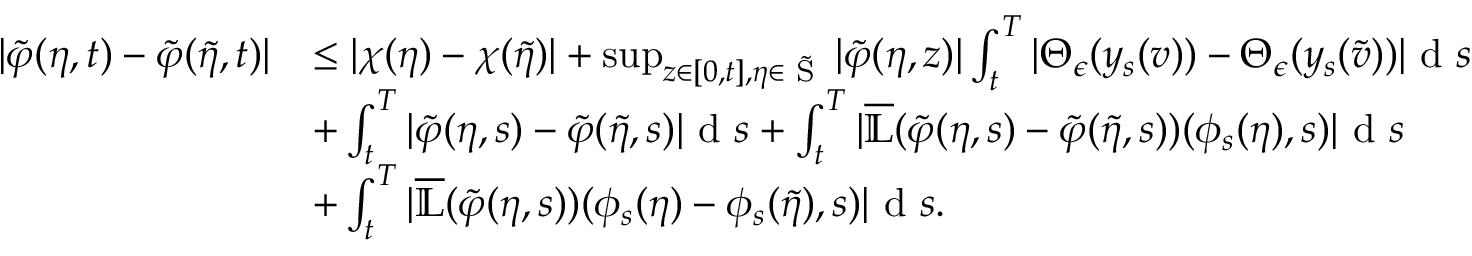
\begin{array} { r l } { | \tilde { \varphi } ( \eta , t ) - \tilde { \varphi } ( \tilde { \eta } , t ) | } & { \leq | \chi ( \eta ) - \chi ( \tilde { \eta } ) | + \operatorname* { s u p } _ { z \in [ 0 , t ] , \eta \in \tilde { \textup { S } } } | \tilde { \varphi } ( \eta , z ) | \int _ { t } ^ { T } | \Theta _ { \epsilon } ( y _ { s } ( v ) ) - \Theta _ { \epsilon } ( y _ { s } ( \tilde { v } ) ) | \textup { d } s } \\ & { + \int _ { t } ^ { T } | \tilde { \varphi } ( \eta , s ) - \tilde { \varphi } ( \tilde { \eta } , s ) | \textup { d } s + \int _ { t } ^ { T } | \overline { { \mathbb { L } } } ( \tilde { \varphi } ( \eta , s ) - \tilde { \varphi } ( \tilde { \eta } , s ) ) ( \phi _ { s } ( \eta ) , s ) | \textup { d } s } \\ & { + \int _ { t } ^ { T } | \overline { { \mathbb { L } } } ( \tilde { \varphi } ( \eta , s ) ) ( \phi _ { s } ( \eta ) - \phi _ { s } ( \tilde { \eta } ) , s ) | \textup { d } s . } \end{array}